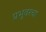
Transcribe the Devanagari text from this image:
प्रभूवरचा